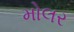
મોલર